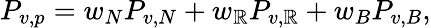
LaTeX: P_{v,p}=w_{N}P_{v,N}+w_{\mathbb{R}}P_{v,\mathbb{R}}+w_{B}P_{v,B},